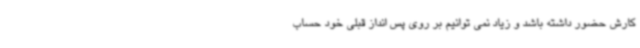
کارش حضور داشته باشد و زیاد نمی توانیم بر روی پس انداز قبلی خود حساب